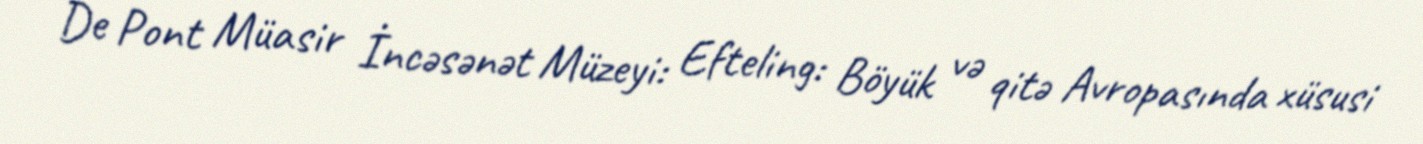
De Pont Müasir İncəsənət Müzeyi: Efteling: Böyük və qitə Avropasında xüsusi